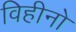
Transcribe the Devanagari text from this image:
विहीनो